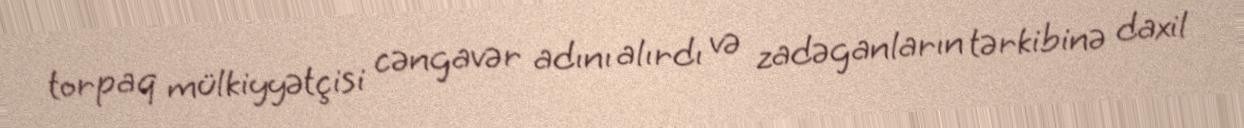
torpaq mülkiyyətçisi cəngavər adını alırdı və zadəganların tərkibinə daxil